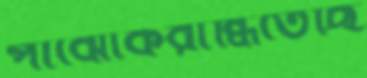
পাঝোকরান্ধিতেছি